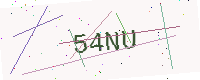
Text: 54NU